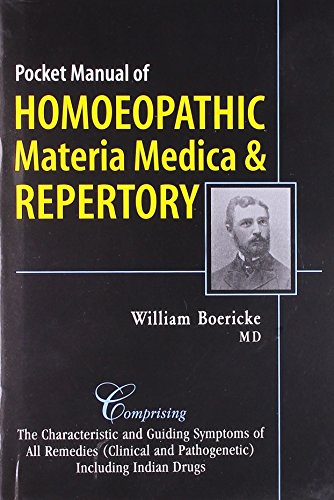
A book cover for Pocket Manual of Homoeopathic Materia Medica & Repertory: Comprising of the Characteristic and Guiding Symptoms of All Remedies Clinical and Pathogenetic Including Indean Drug; William Boericke; Health, Fitness & Dieting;